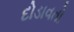
દોડાવતો